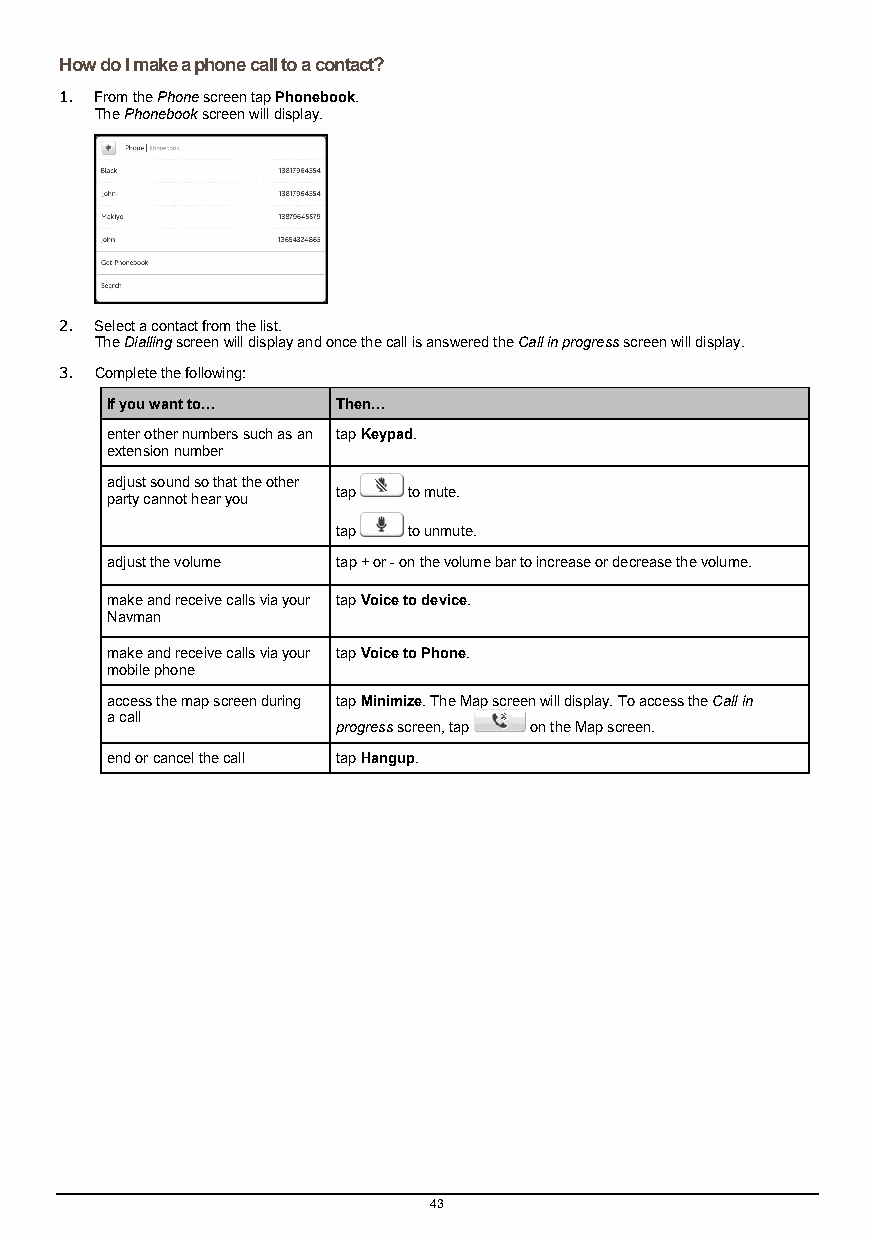
How do I make a phone call to a contact?
 1. From the Phone screen tap Phonebook.
 The Phonebook screen will display.
 2. Select a contact from the list.
 The Dialling screen will display and once the call is answered the Call in progress screen will display.
 3. Complete the following:
 If you want to… Then…
 enter other numbers such as an tap Keypad.
 extension number
 adjust sound so that the other
 tap  to mute.
 party cannot hear you
 tap  to unmute.
 adjust the volume tap + or - on the volume bar to increase or decrease the volume.
 make and receive calls via your tap Voice to device.
 Navman
 make and receive calls via your tap Voice to Phone.
 mobile phone
 access the map screen during tap Minimize. The Map screen will display. To access the Call in
 a call
 progress screen, tap on the Map screen.
 end or cancel the call tap Hangup.
 43